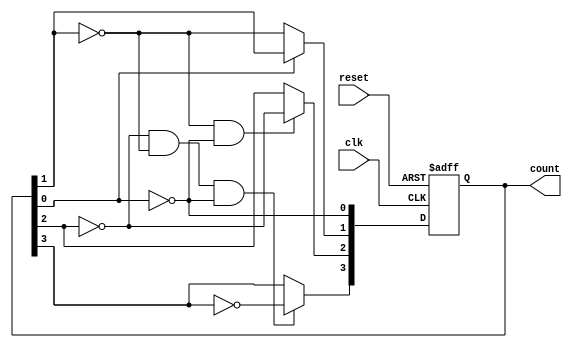
module binary_asynchronous_counter (
    input wire clk,               // Clock input
    input wire reset,             // Asynchronous reset
    output reg [n-1:0] count      // n-bit binary output
);
    parameter n = 4;              // Number of bits (4 flip-flops for a 4-bit counter)

    // Flip-Flops (T flip-flops)
    always @(posedge clk or posedge reset) begin
        if (reset) begin
            count <= 0;           // Asynchronous reset to zero
        end else begin
            count[0] <= ~count[0]; // Toggle FF0 on every clock pulse
            if (count[0] == 1'b0) begin
                count[1] <= ~count[1]; // Toggle FF1 on falling edge of FF0
            end
            if (count[1] == 1'b0 && count[0] == 1'b0) begin
                count[2] <= ~count[2]; // Toggle FF2 on falling edge of FF1
            end
            if (count[2] == 1'b0 && count[1] == 1'b0 && count[0] == 1'b0) begin
                count[3] <= ~count[3]; // Toggle FF3 on falling edge of FF2
            end
            // Add more flip-flops as necessary based on the parameter n
        end
    end
endmodule